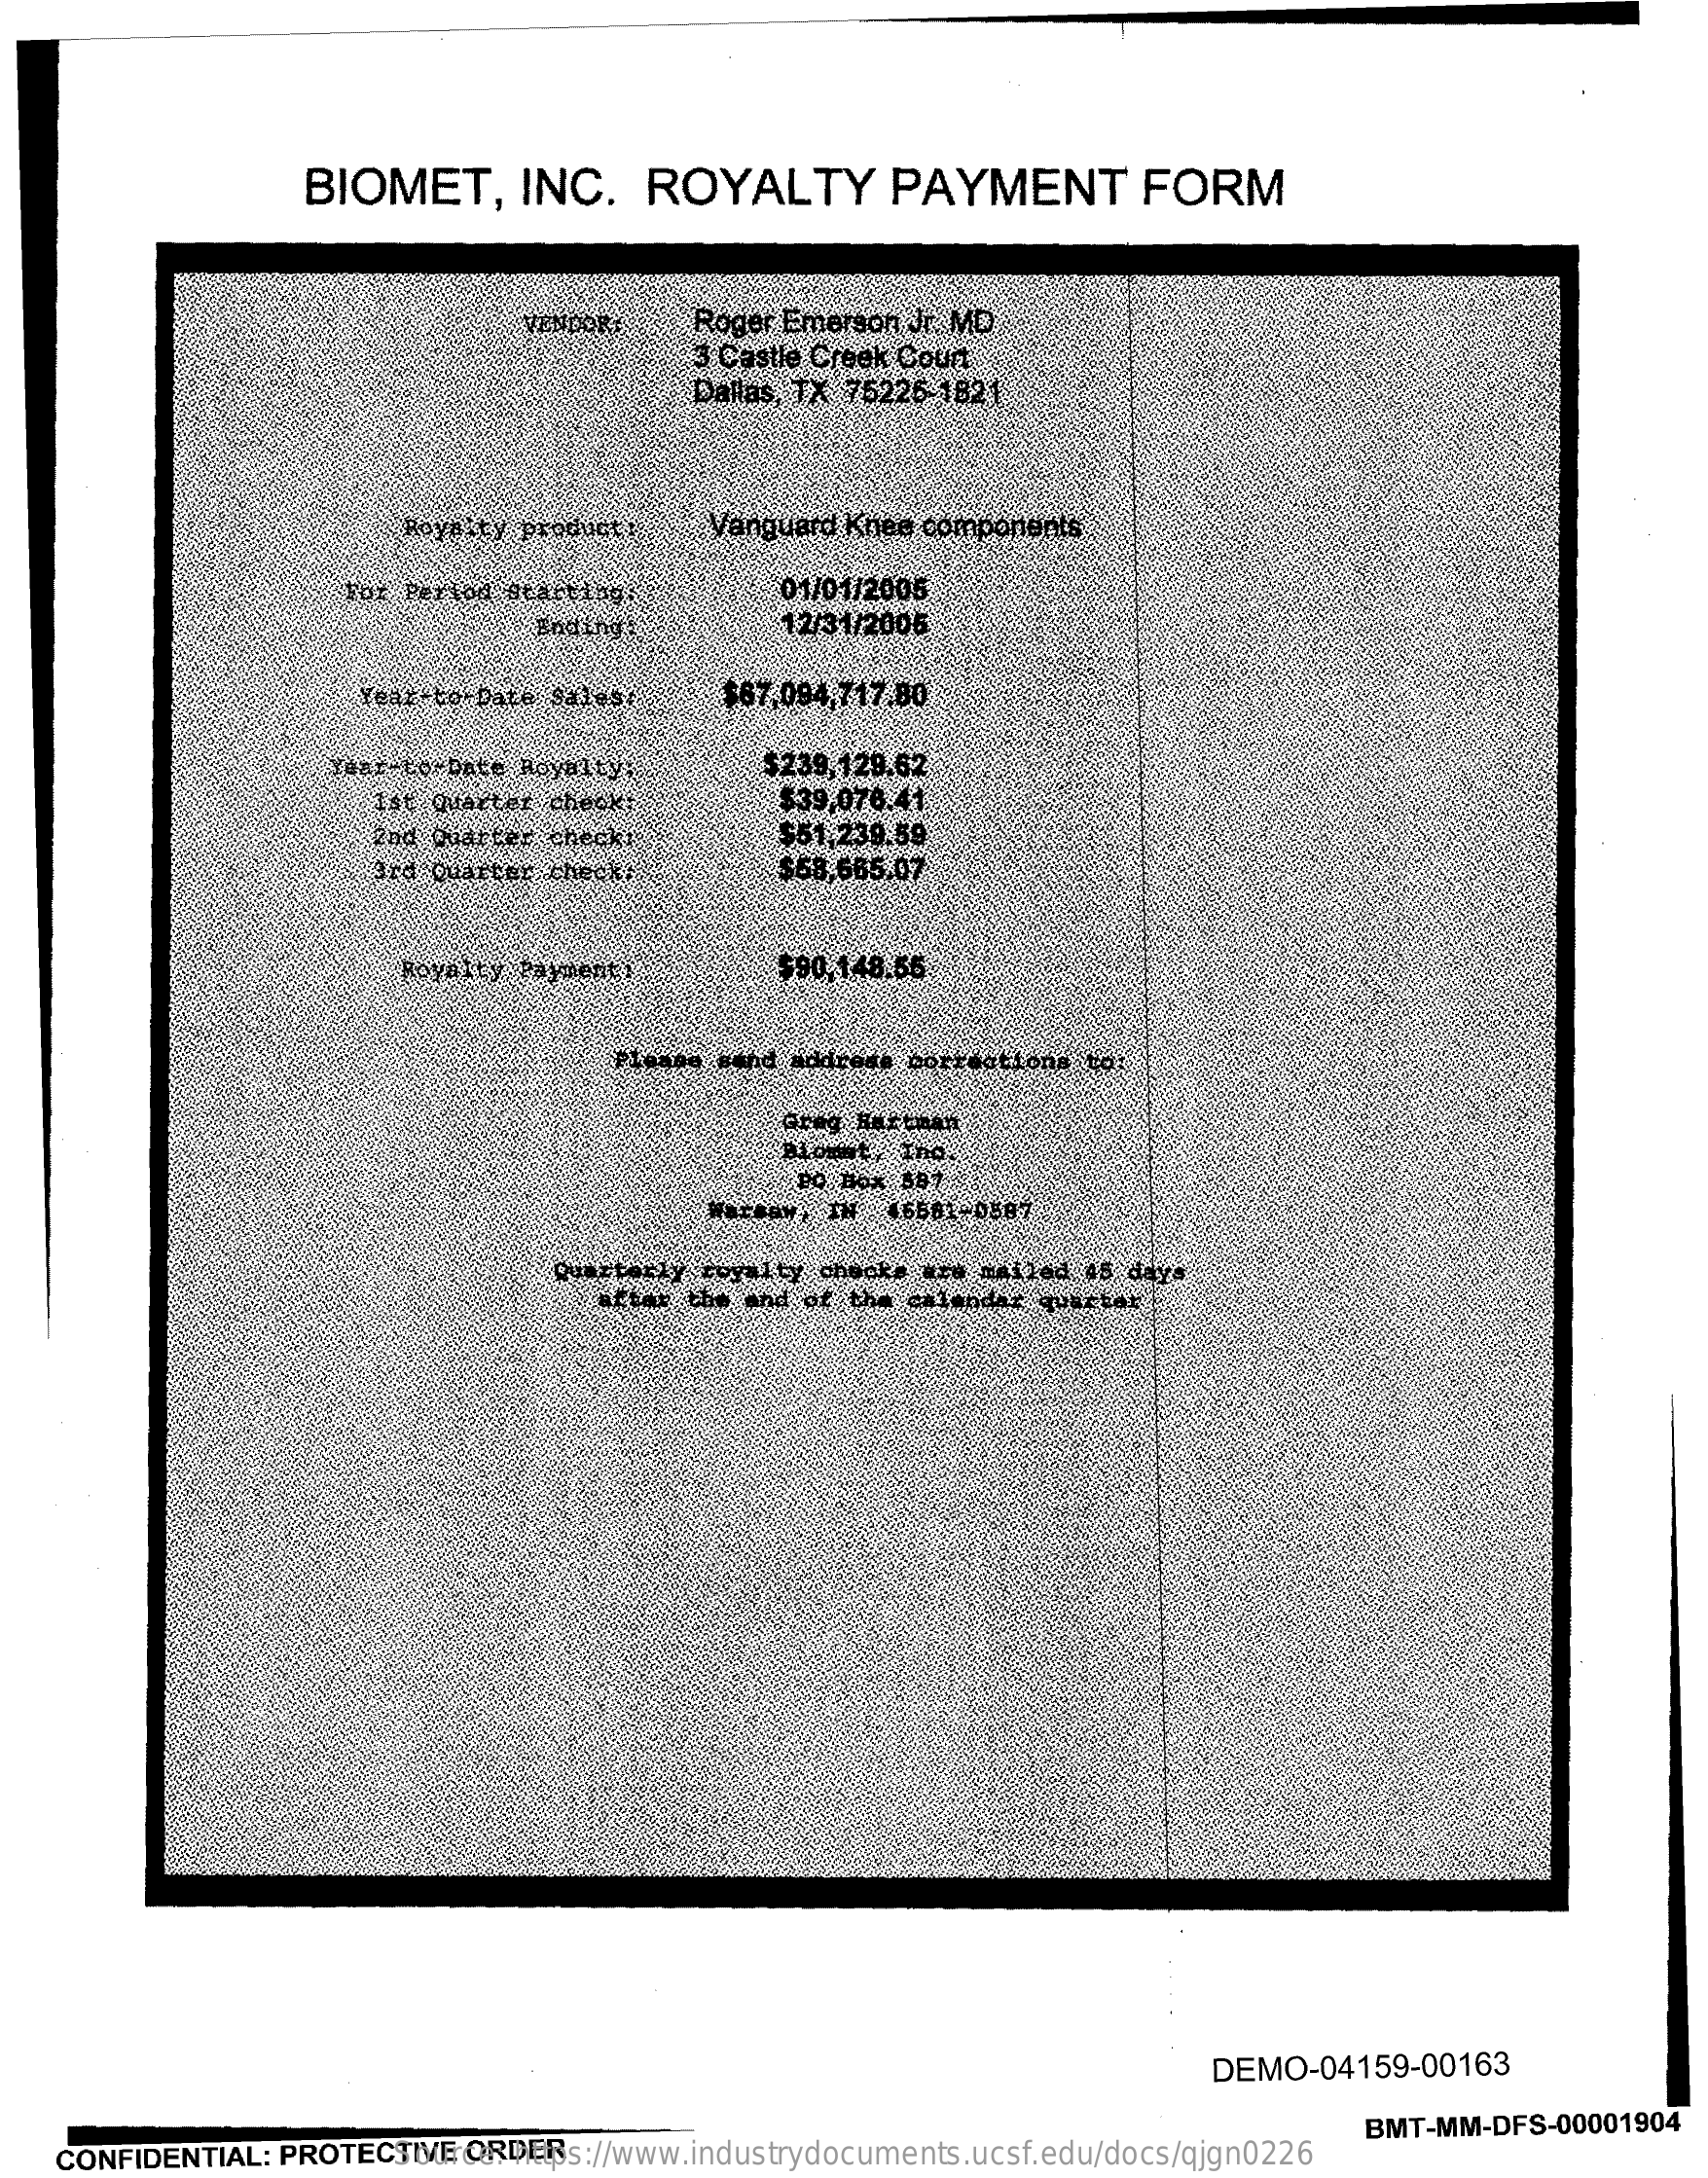
BIOMET,    INC.    ROYALTY    PAYMENT    FORM
     Roger Emerson  Jr. MD
     3 Castle Creek Court
     Dallas, TX 75225-1821
     Royalty product    Vanguard Knee  components
     For Pertod scatting    01/01/2005
     Ending    12/31/2005
     Year to Date Salesr    $67,094,717.80
     Year to-Date Royalty;    $239,129.62
     ist Quarter chec    $39,078.41
     end Quatwer checki    $51.239.59
     ard Charter check.    $58,665.07
     Royalty Payment:    $90,148.55
     addrede bortections to:
     Blount, The
     PO Box BB?
     Warsaw, IN   (6581-0587
     Quarterly royalty  checke are mailed 45 days
     attar  the and of the calendar quarter
     DEMO-04159-00163
    CONFIDENTIAL:  PROTECTIVE   ORDER Source: https://www.industrydocuments.ucsf.edu/docs/qjgn0226
     BMT-MM-DFS-00001904